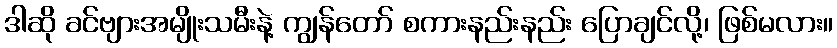
ဒါဆို ခင်ဗျားအမျိုးသမီးနဲ့ ကျွန်တော် စကားနည်းနည်း ပြောချင်လို့၊ ဖြစ်မလား။